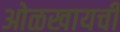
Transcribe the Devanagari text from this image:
ओळखायची